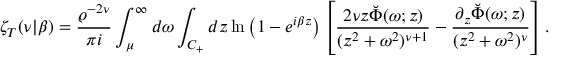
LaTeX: \zeta _ { T } ( \nu | \beta ) = { \frac { \varrho ^ { - 2 \nu } } { \pi i } } \int _ { \mu } ^ { \infty } d \omega \int _ { C _ { + } } d z \ln \left( 1 - e ^ { i \beta z } \right) \left[ { \frac { 2 \nu z \breve { \Phi } ( \omega ; z ) } { ( z ^ { 2 } + \omega ^ { 2 } ) ^ { \nu + 1 } } } - { \frac { \partial _ { z } \breve { \Phi } ( \omega ; z ) } { ( z ^ { 2 } + \omega ^ { 2 } ) ^ { \nu } } } \right] .